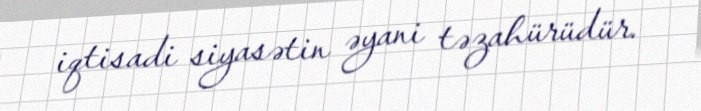
iqtisadi siyasətin əyani təzahürüdür.